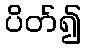
ပိတ်၍